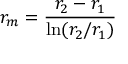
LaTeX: r _ { m } = { \frac { r _ { 2 } - r _ { 1 } } { \ln ( r _ { 2 } / r _ { 1 } ) } }